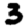
Digit: 3